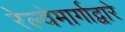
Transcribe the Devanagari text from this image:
रेल्वेमार्गाद्वारे